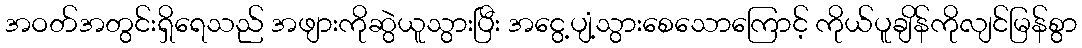
အဝတ်အတွင်းရှိရေသည် အဖျားကိုဆွဲယူသွားပြီး အငွေ့ပျံ့သွားစေသောကြောင့် ကိုယ်ပူချိန်ကိုလျင်မြန်စွာ